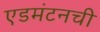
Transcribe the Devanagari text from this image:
एडमंटनची